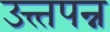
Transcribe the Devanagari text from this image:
उत्त्तपन्न